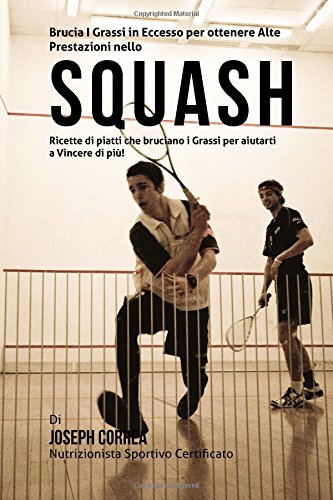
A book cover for Brucia I Grassi in Eccesso per ottenere Alte Prestazioni nello Squash: Ricette di piatti che bruciano i Grassi per aiutarti a Vincere di piu! (Italian Edition); Joseph Correa (Nutrizionista Sportivo Certificato); Sports & Outdoors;